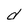
Character: d